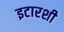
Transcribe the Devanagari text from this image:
इटारशी